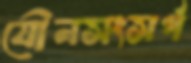
যৌনসংসর্গ